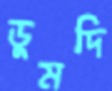
ডুমদি